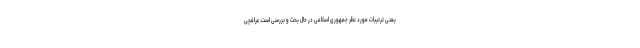
یعنی ترتیبات مورد نظر جمهوری اسلامی در حال بحث و بررسی است. عراقچی